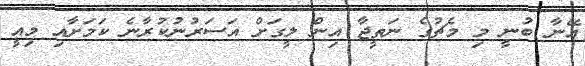
އޭނާ ބުނީ މި މެޗުގެ ނަތީޖާ އިން ލީގަށް އަސަރުނުކުރާނެ ކަމަށާއި މިއީ